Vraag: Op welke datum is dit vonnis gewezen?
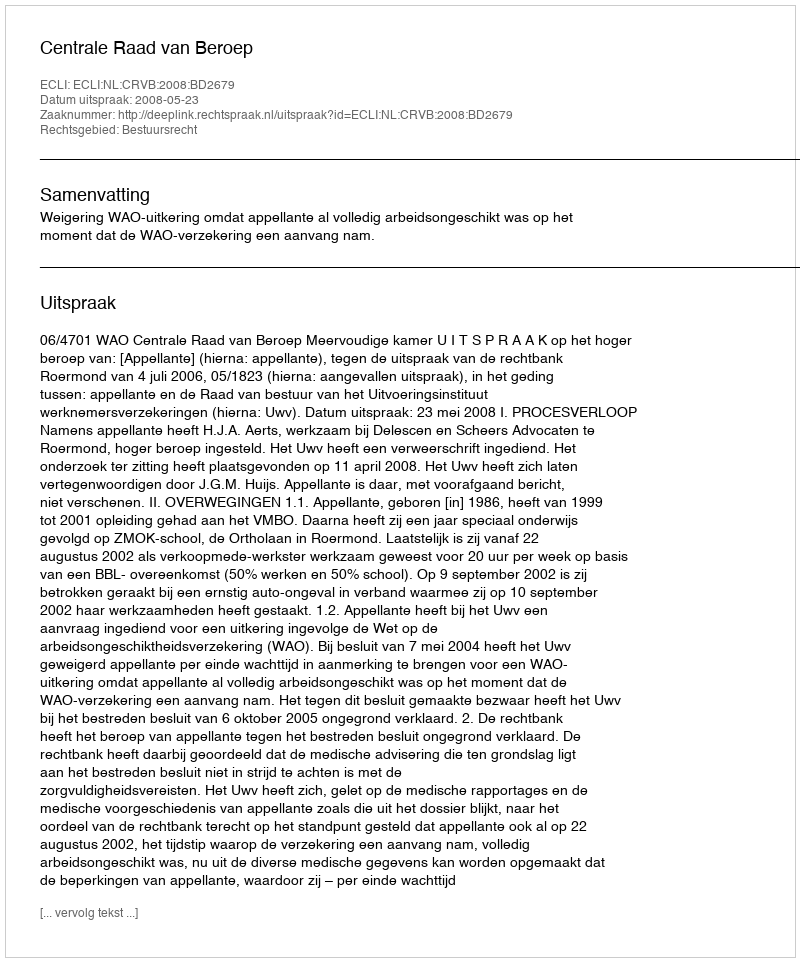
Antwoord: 2008-05-23